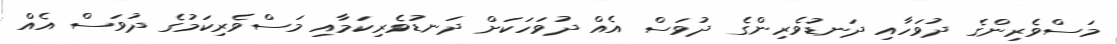
މަސްވެރިންގެ ދުވަހާއި ދަނޑުވެރިންގެ ދުވަސް އެއް ދުވަހަކަށް ދަނޑުވެރިކަމާއި މަސްވެރިކަމުގެ ދުވަސް އެއް